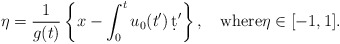
\begin{align*}\eta=\dfrac{1}{g(t)} \left\{ x-\int^t_0 u_0(t')\,\d t'\right\},\quad\hbox{where}\eta \in[-1,1]. \end{align*}